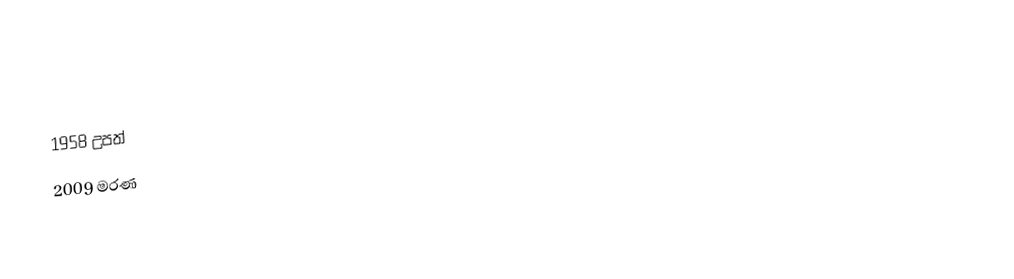
1958 උපත්
2009 මරණ